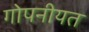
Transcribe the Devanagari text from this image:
गोपनीयत